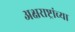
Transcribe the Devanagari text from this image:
अक्षराष्ट्रांच्या